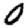
Digit: 0